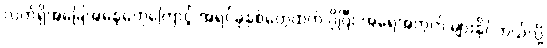
လက်ရှိအခြေအနေတွေကြောင့် အရင်ခုနှစ်တွေထက် ပိုပြီး အရေအတွက် များနိုင်တယ်လို့